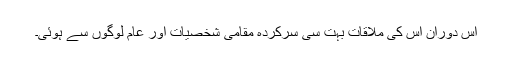
اس دوران اس کی ملاقات بہت سی سرکردہ مقامی شخصیات اور عام لوگوں سے ہوئی۔